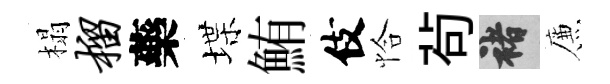
榻榴藥堞鮪伎恰茍褚簾